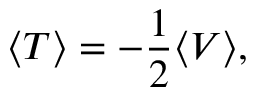
\langle T \rangle = - \frac { 1 } { 2 } \langle V \rangle ,